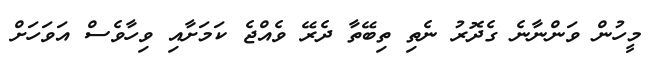
މީހުން ވަންނާނެ ގެދޮރު ނެތި ތިބޭތާ ދެރޭ ވެއްޖެ ކަމަށާއި ވިހާވެސް އަވަހަށް